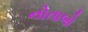
નોતાબો